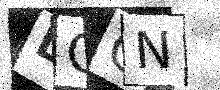
Text: DOQN